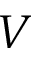
V